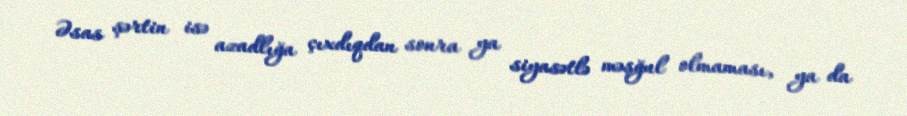
Əsas şərtin isə azadlığa çıxdıqdan sonra ya siyasətlə məşğul olmaması, ya da